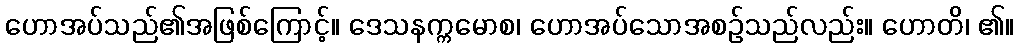
ဟောအပ်သည်၏အဖြစ်ကြောင့်။ ဒေသနက္ကမောစ၊ ဟောအပ်သောအစဉ်သည်လည်း။ ဟောတိ၊ ၏။